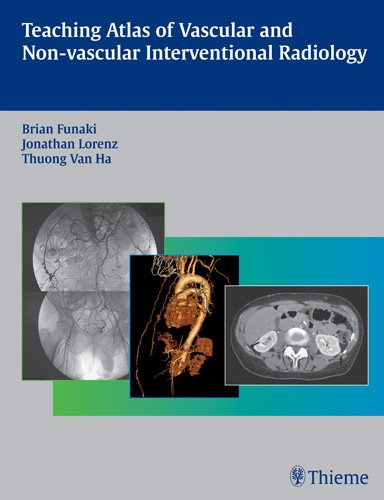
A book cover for Teaching Atlas of Vascular and Non-Vascular Interventional Radiology; Brian Funaki; Medical Books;